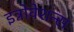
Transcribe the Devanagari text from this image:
इन्नोवेशन्स